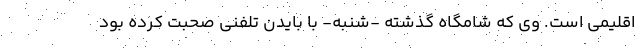
اقلیمی است. وی که شامگاه گذشته -‌شنبه- با بایدن تلفنی صحبت کرده بود